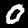
Digit: 0